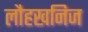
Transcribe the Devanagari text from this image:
लौहखनिज